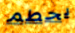
يحطم